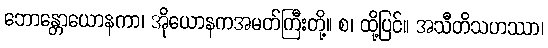
ဘောန္တောယောနကာ၊ အိုယောနကအမတ်ကြီးတို့။ စ၊ ထို့ပြင်။ အသီတိသဟဿာ၊